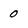
Character: 0